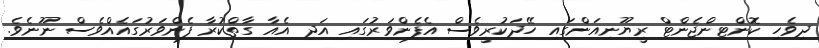
ދިވެހި ކޮންޓިންޖެންޓް ރީޔޫނިއަންގައި ހޭދަކުރީވެސް އެފެންވަރުގައި އަދި އެއާ ގާތްކުރާ ފެންވަރުގައެއްވެސް ނޫނެވެ.